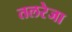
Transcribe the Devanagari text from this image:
तलरेजा